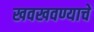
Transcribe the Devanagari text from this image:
खवखवण्याचे